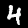
Digit: 4